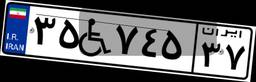
۳۵W۷۴۵۳۷